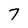
Character: 7